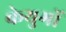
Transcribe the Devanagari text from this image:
केयुगों